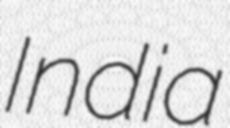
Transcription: India